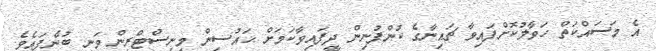
އެ މަސައްކަތް ހަވާލުކޮށްފައިވާ ޗައިނާގެ ކުންފުނިން ދީފައިވާކަމަށް ހައުސިން މިނިސްޓްރީން ވަނީ ބުނެފައެވެ.